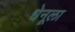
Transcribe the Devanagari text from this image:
धेनूला